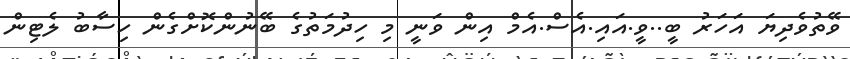
ވޭތުވެދިޔަ އަހަރު ބީ..ވީ.އައި.އެސް.އެމް އިން ވަނީ މި ހިދުމަތުގެ ބޭނުންކޮށްގެން ހިސާބު ލެޓިން